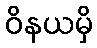
ဝိနယမှိ